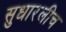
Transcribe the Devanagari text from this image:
सुधारलीच